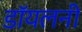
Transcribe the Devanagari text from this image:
डॉयलनी